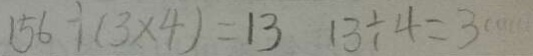
1 5 6 \div ( 3 \times 4 ) = 1 3 1 3 \div 4 = 3